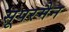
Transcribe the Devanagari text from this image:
सूपरमैन